65_HS1-834228961_62-HQ-83894_Section_9
Agency: FBI
Page 199
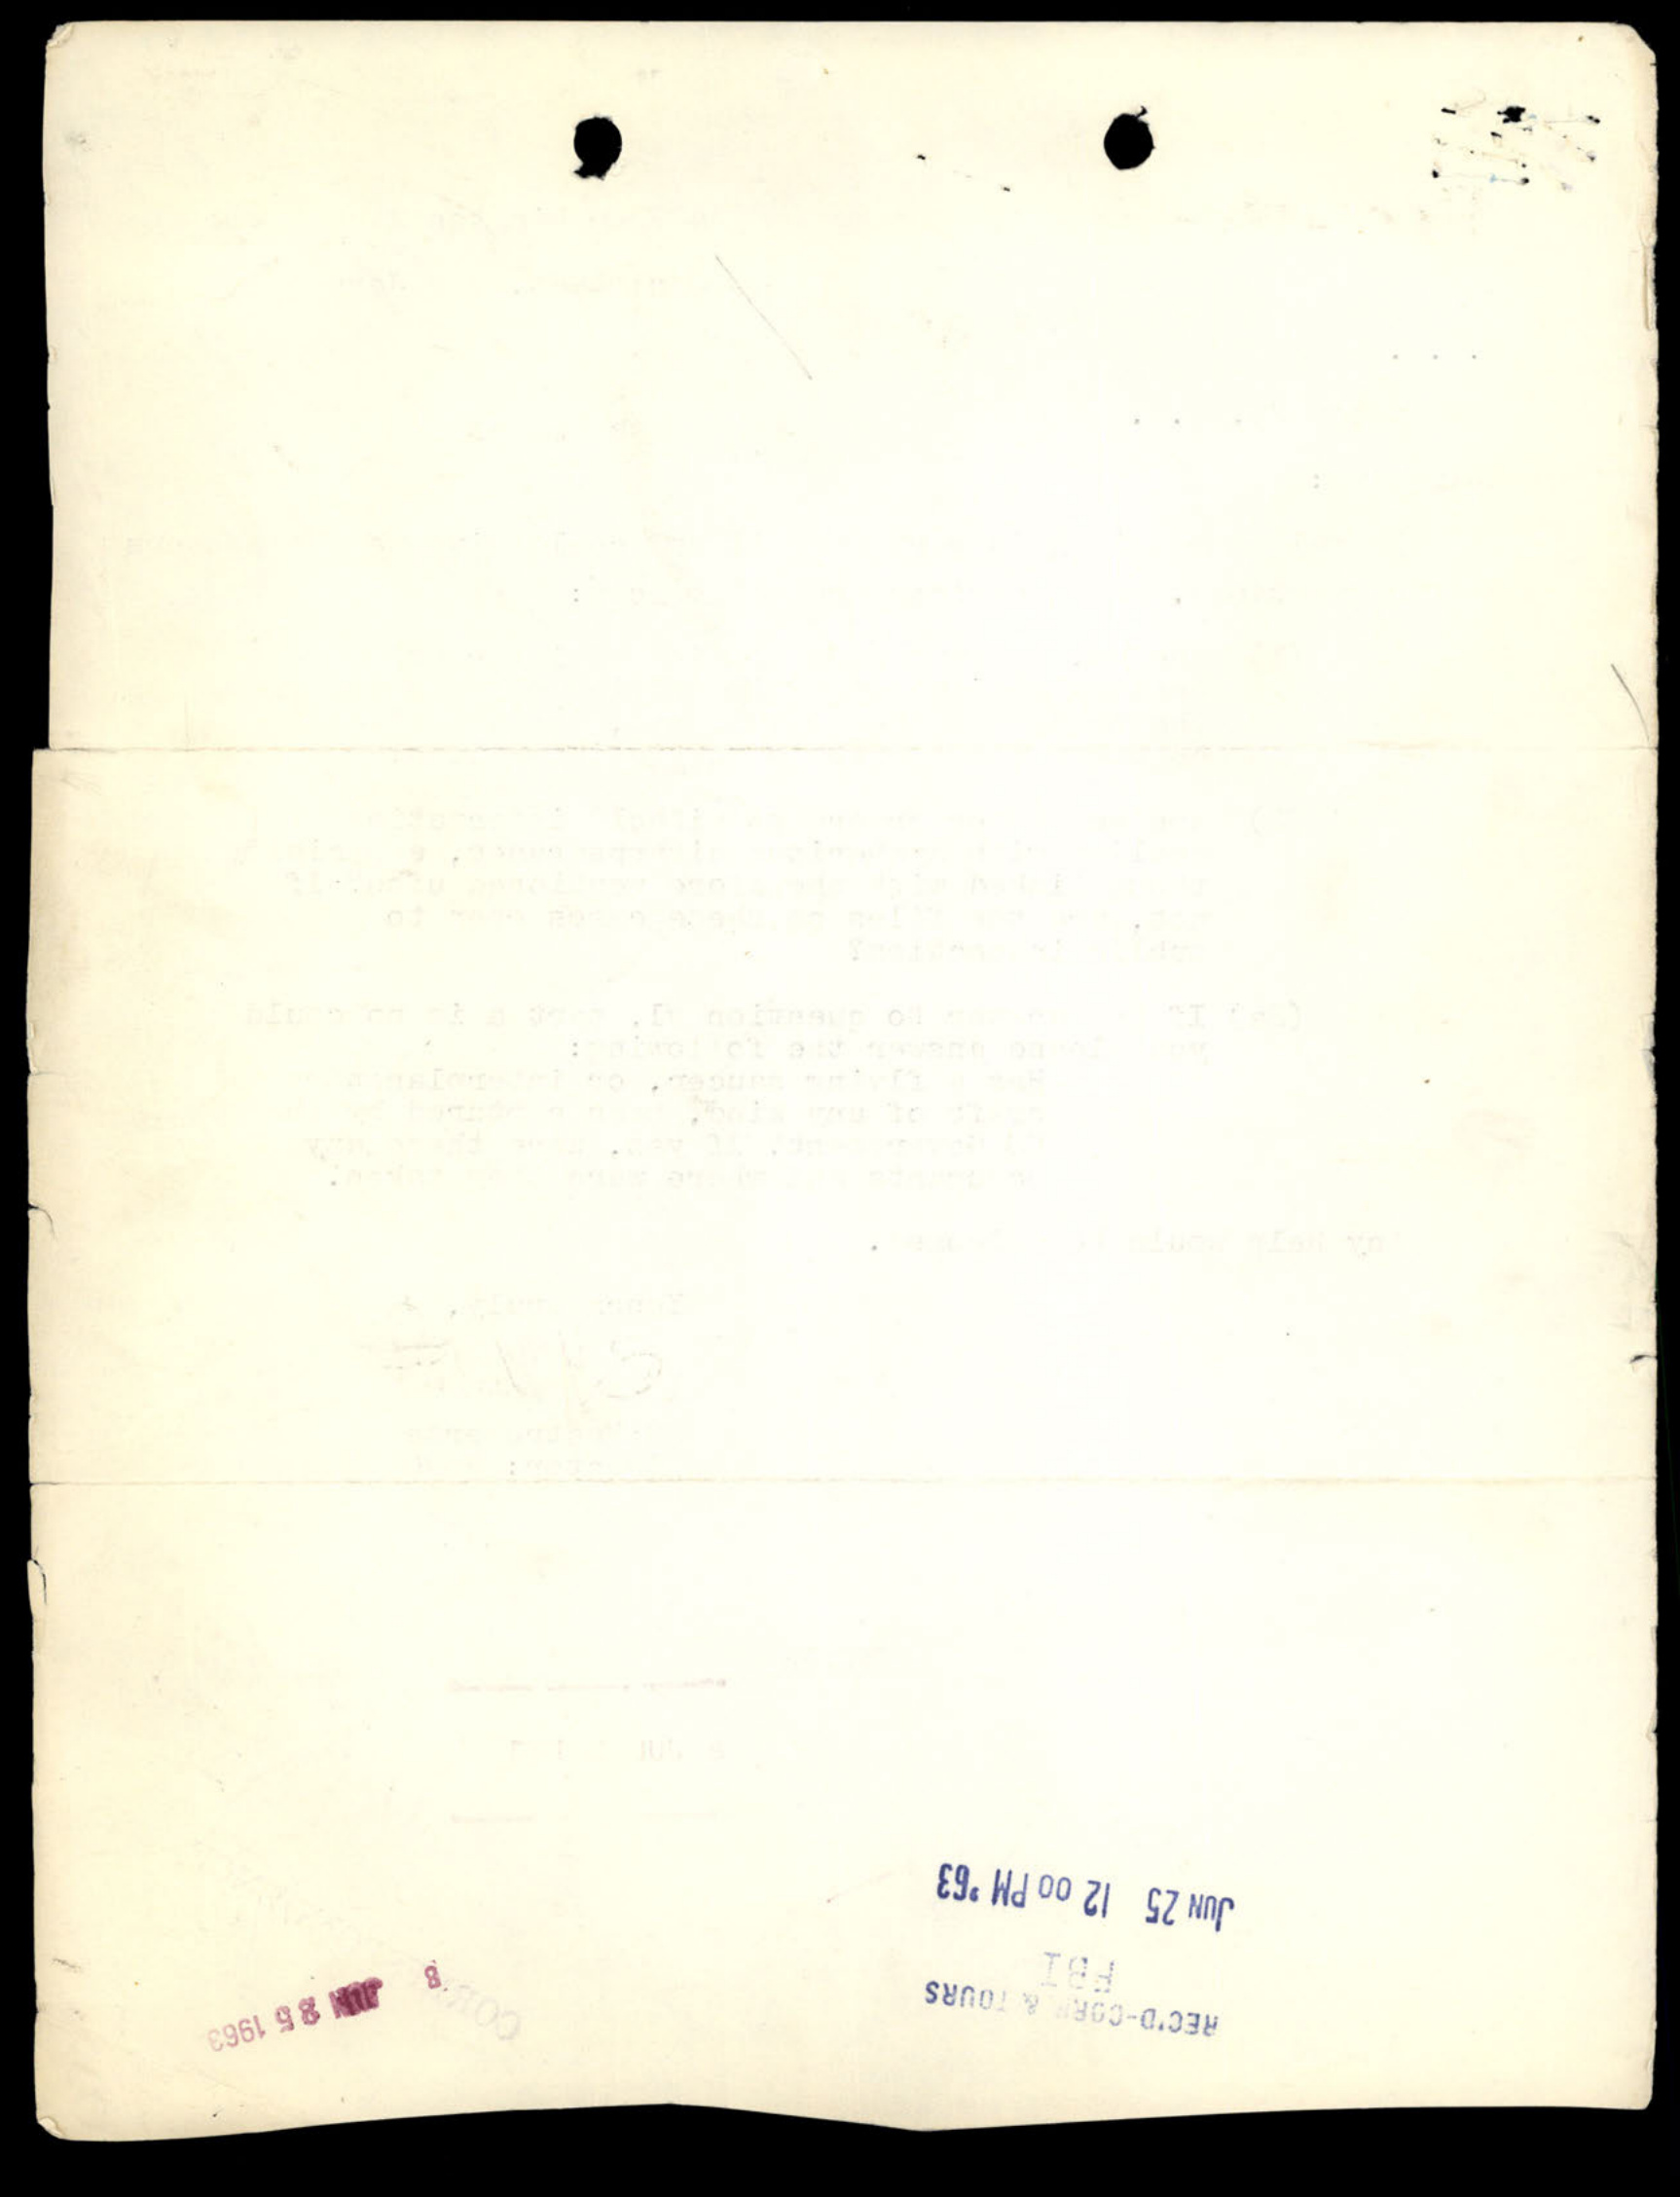